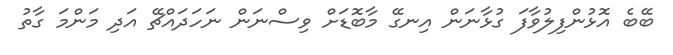
ބޭބެ އޮޅުންފިލުވާފަ ގުޅާނަން އިނގޭ މާބޮޑަށް ވިސްނަން ނަހަދައްޗޭ އަދި މަންމަ ގާތު